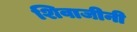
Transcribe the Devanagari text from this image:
शिवाजीनी